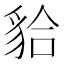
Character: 𧳇